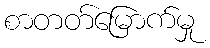
စာတတ်မြောက်မှု